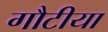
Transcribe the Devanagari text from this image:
गौटीया